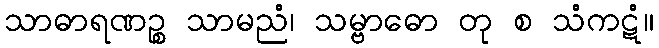
သာဓာရဏဉ္စ သာမညံ၊ သမ္ဗာဓော တု စ သံကဋံ။